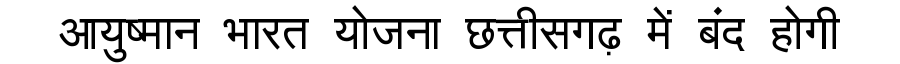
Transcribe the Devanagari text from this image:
आयुष्मान भारत योजना छत्तीसगढ़ में बंद होगी